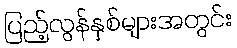
ပြည့်လွန်နှစ်များအတွင်း